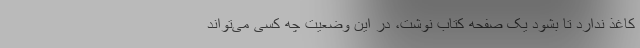
کاغذ ندارد تا بشود یک صفحه کتاب نوشت، در این وضعیت چه کسی می‌تواند